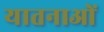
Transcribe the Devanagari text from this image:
यातनाआें